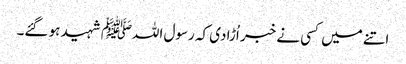
اتنے میں کسی نے خبر اُڑادی کہ رسول اللہﷺ شہید ہو گئے۔